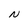
Character: N